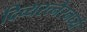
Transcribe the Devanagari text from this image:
दिव्यरत्नैरनर्घ्यैः